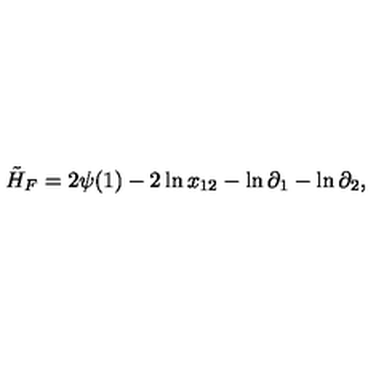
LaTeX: \tilde { H } _ { F } = 2 \psi ( 1 ) - 2 \ln x _ { 1 2 } - \ln \partial _ { 1 } - \ln \partial _ { 2 } ,